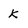
Character: k